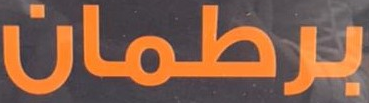
برطمان